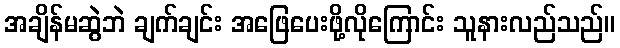
အချိန်မဆွဲဘဲ ချက်ချင်း အဖြေပေးဖို့လိုကြောင်း သူနားလည်သည်။